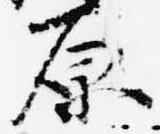
原